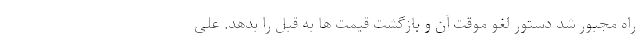
راه مجبور شد دستور لغو موقت آن و بازگشت قیمت ها به قبل را بدهد. علی